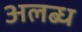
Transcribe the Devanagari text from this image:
अलब्ध